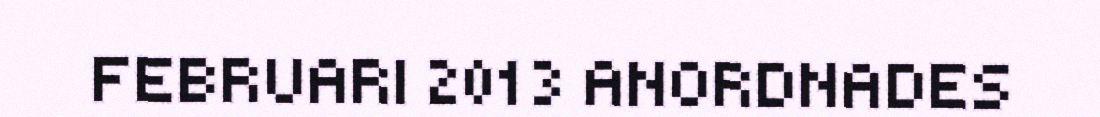
FEBRUARI 2013 ANORDNADES